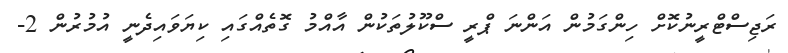
ރަޖިސްޓްރީނުކޮށް ހިންގަމުން އަންނަ ޕްރީ ސްކޫލުތަކުން އާއްމު ގޮތެއްގައި ކިޔަވައިދެނީ އުމުރުން 2-